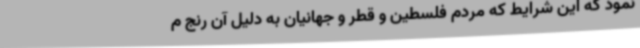
نمود که این شرایط که مردم فلسطین و قطر و جهانیان به دلیل آن رنج م